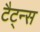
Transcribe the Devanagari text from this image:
टैट्न्स